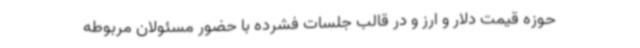
حوزه قیمت دلار و ارز و در قالب جلسات فشرده با حضور مسئولان مربوطه